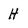
Character: H